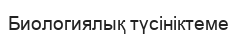
Биологиялық түсініктеме